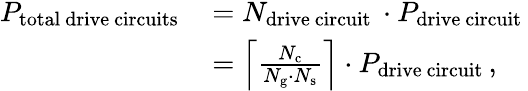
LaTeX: \begin{array}{rl}{P_{\mathrm{total~drive~circuits~}}}&{=N_{\mathrm{drive~circuit~}}\cdot P_{\mathrm{drive~circuit~}}}\\ &{=\left\lceil\frac{N_{\mathrm{c}}}{N_{\mathrm{g}}\cdot N_{\mathrm{s}}}\right\rceil\cdot P_{\mathrm{drive~circuit~}},}\end{array}